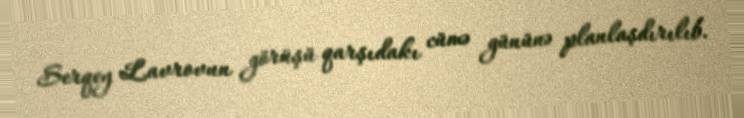
Serqey Lavrovun görüşü qarşıdakı cümə gününə planlaşdırılıb.